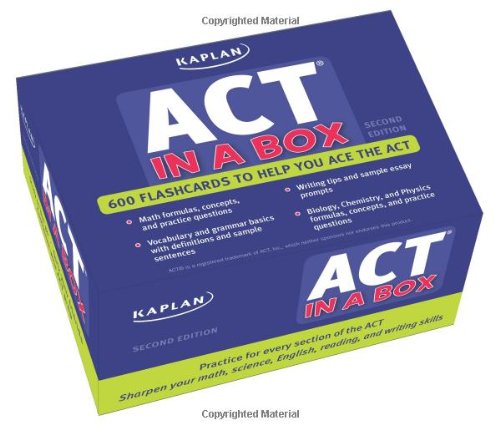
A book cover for Kaplan ACT in a Box; Kaplan; Test Preparation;